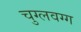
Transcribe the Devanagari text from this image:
चुग्लवग्ग